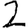
Digit: 2